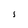
Character: 1